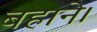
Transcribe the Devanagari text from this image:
बहाने।